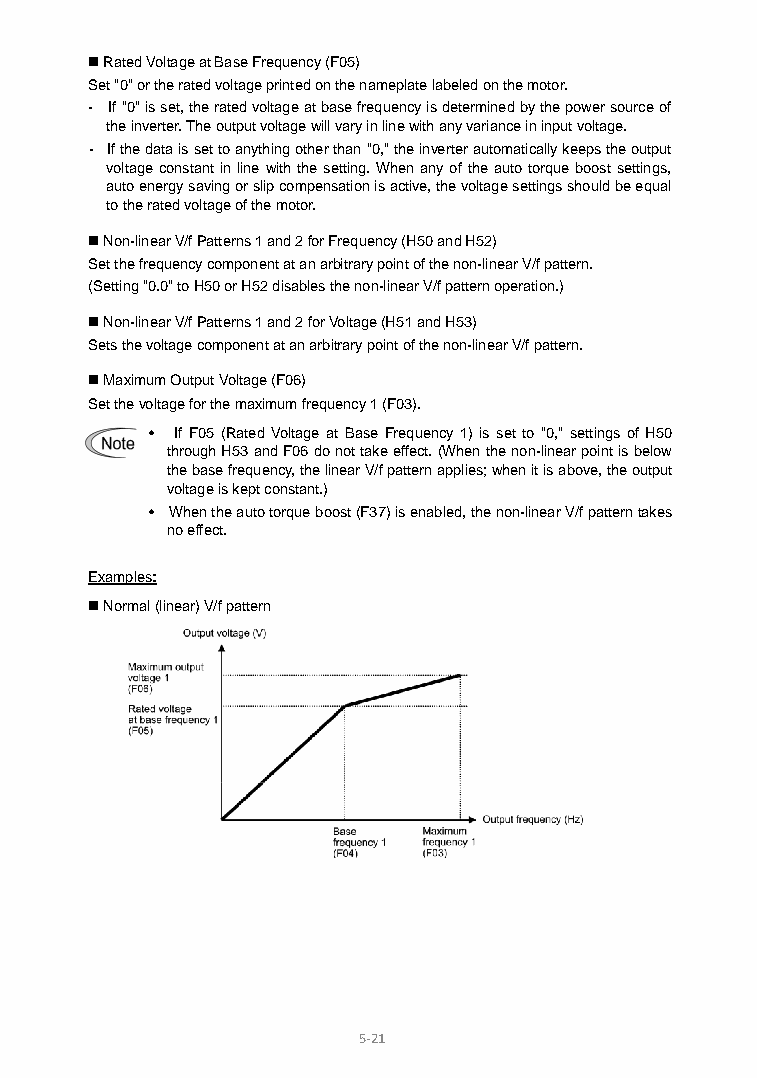
 Rated Voltage at Base Frequency (F05)
 Set "0" or the rated voltage printed on the nameplate labeled on the motor.
 - If "0" is set, the rated voltage at base frequency is determined by the power source of
 the inverter. The output voltage will vary in line with any variance in input voltage.
 - If the data is set to anything other than "0," the inverter automatically keeps the output
 voltage constant in line with the setting. When any of the auto torque boost settings,
 auto energy saving or slip compensation is active, the voltage settings should be equal
 to the rated voltage of the motor.
  Non-linear V/f Patterns 1 and 2 for Frequency (H50 and H52)
 Set the frequency component at an arbitrary point of the non-linear V/f pattern.
 (Setting "0.0" to H50 or H52 disables the non-linear V/f pattern operation.)
  Non-linear V/f Patterns 1 and 2 for Voltage (H51 and H53)
 Sets the voltage component at an arbitrary point of the non-linear V/f pattern.
  Maximum Output Voltage (F06)
 Set the voltage for the maximum frequency 1 (F03).
 • If F05 (Rated Voltage at Base Frequency 1) is set to "0," settings of H50
 through H53 and F06 do not take effect. (When the non-linear point is below
 the base frequency, the linear V/f pattern applies; when it is above, the output
 voltage is kept constant.)
 • When the auto torque boost (F37) is enabled, the non-linear V/f pattern takes
 no effect.
 Examples:
  Normal (linear) V/f pattern
 5-21